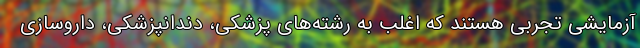
آزمایشی تجربی هستند که اغلب به رشته‌های پزشکی، دندانپزشکی، داروسازی